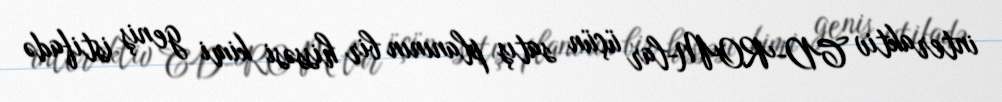
interaktiv CD-ROM-lar üçün satış planının bir hissəsi kimi geniş istifadə